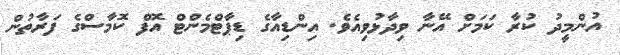
އުންމީދު ކުރާ ކަމަށް އޭނާ ވިދާޅުވިއެވެ. އިންޑިއާގެ ޑިޕާޓްމެންޓް އޮފް ކޮމާސްގެ ފަރާތުން